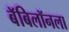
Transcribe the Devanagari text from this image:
बॅबिलॉनला